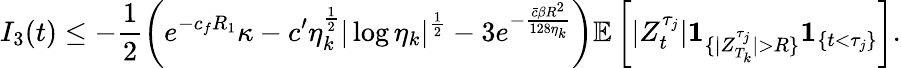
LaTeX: I_{3}(t)\leq-\frac{1}{2}\left(e^{-c_{f}R_{1}}\kappa-c^{\prime}\eta_{k}^{\frac{1}{2}}|\log\eta_{k}|^{\frac{1}{2}}-3e^{-\frac{\bar{c}\beta R^{2}}{128\eta_{k}}}\right)\mathbb{E}\left[|Z_{t}^{\tau_{j}}|\textbf{1}_{\{ |Z_{T_{k}}^{\tau_{j}}|>R\} }\textbf{1}_{\{ t<\tau_{j}\} }\right].